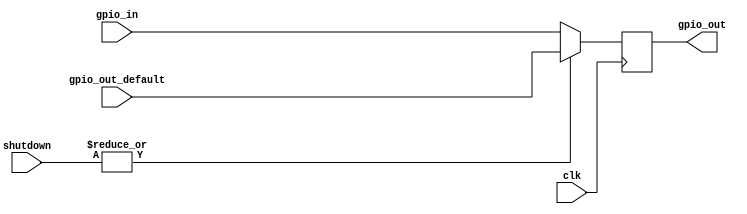
// Global disable
//
// If any of the shutdown inputs goes high, all GPIO outputs will be set to 0

module global_disable #(
  parameter NUM_IN = 2,
  parameter NUM_IOS = 2
) (
  input clk,
  input [NUM_IN-1:0] shutdown,
  input [NUM_IOS-1:0] gpio_in,
  input [NUM_IOS-1:0] gpio_out_default,
  output reg [NUM_IOS-1:0] gpio_out
);

  always @(posedge clk)
    if (|shutdown)
      // Set all GPIO outputs to low
      gpio_out = gpio_out_default;
    else
      // Set all GPIO outputs to the input
      gpio_out = gpio_in;

endmodule